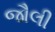
જૌલી